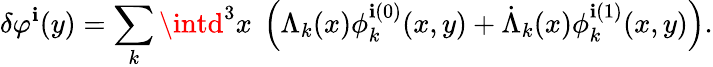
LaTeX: \delta\varphi^{\mathbf{i}}(y)=\sum_{k}\intd^{3}x\ \left(\Lambda_{k}(x)\phi_{k}^{\mathbf{i}(0)}(x,y)+\dot{{\Lambda}}_{k}(x)\phi_{k}^{\mathbf{i}(1)}(x,y)\right).